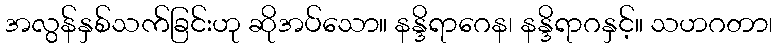
အလွန်နှစ်သက်ခြင်းဟု ဆိုအပ်သော။ နန္ဒိရာဂေန၊ နန္ဒိရာဂနှင့်။ သဟဂတာ၊